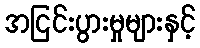
အငြင်းပွားမှုများနှင့်